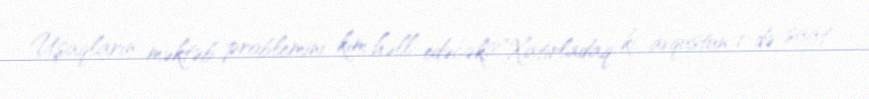
Uşaqların məktəb problemini kim həll edəcək?”Xatırladaq ki, avqustun 1-də saat